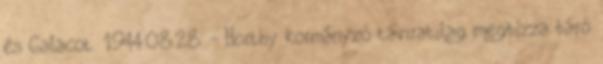
és Galacot. 1944.08.28. - Horthy kormányzó táviratilag megbízza báró